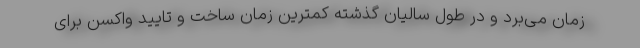
زمان می‌برد و در طول سالیان گذشته کمترین زمان ساخت و تایید واکسن برای